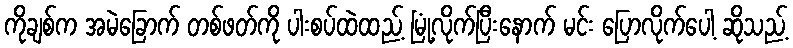
ကိုချစ်က အမဲခြောက် တစ်ဖတ်ကို ပါးစပ်ထဲထည့် မြုံ့လိုက်ပြီးနောက် မင်း ပြောလိုက်ပေါ့ ဆိုသည့်